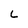
Character: L